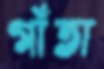
গাঁতা